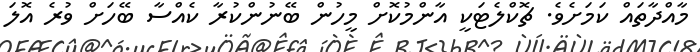
މާއްދާތައް ކަމަށެވެ. ޗޮކްލެޓަކީ އާންމުކޮށް މީހުން ބޭނުންކުރާ ކެއްސާ ބޭހަށް ވުރެ އޮޮލަ